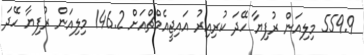
559.9 މިލިއަން ރުފިޔާ ހޭދަ ކުރިއިރު އައިޖީއެމްޗްއަށް 146.2 މިލިއަން ރުފިޔާ ހޭދަ